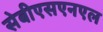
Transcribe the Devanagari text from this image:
सेबीएसएनएल